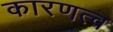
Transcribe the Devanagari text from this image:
कारणत्व